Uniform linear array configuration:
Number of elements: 48
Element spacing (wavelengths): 0.75
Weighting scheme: binomial
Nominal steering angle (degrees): -60
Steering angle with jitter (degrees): -60.913
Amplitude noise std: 0.05
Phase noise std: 0.05

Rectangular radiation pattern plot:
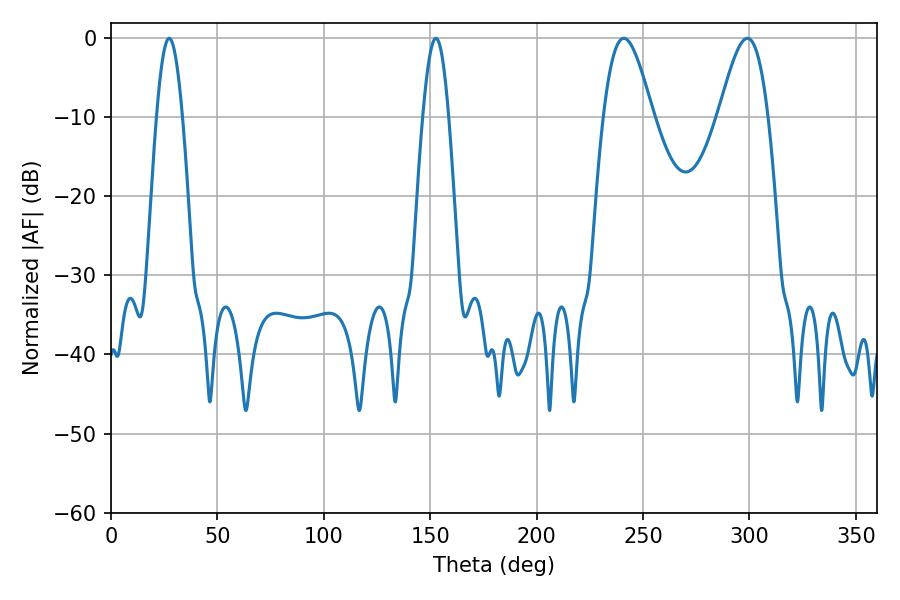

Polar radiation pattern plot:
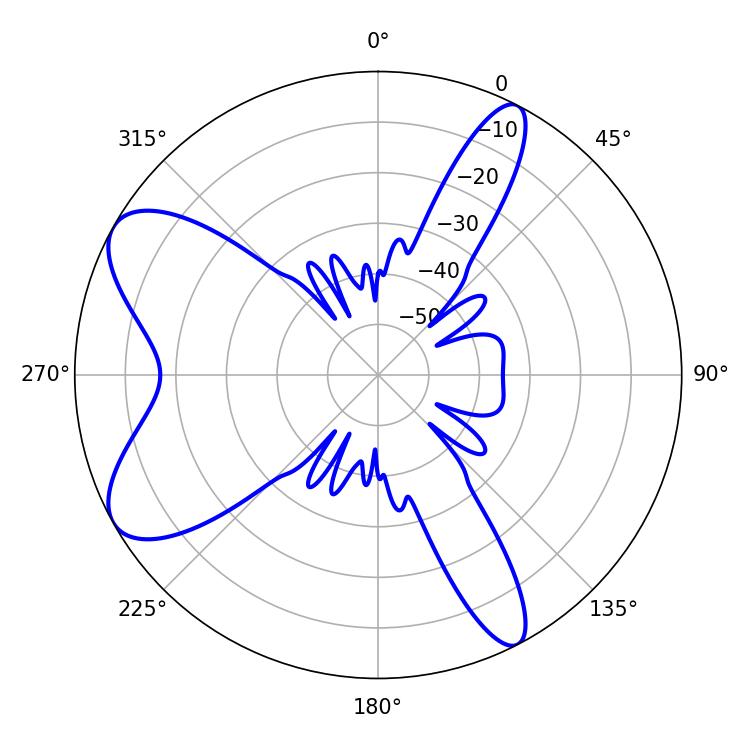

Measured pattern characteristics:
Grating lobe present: TRUE
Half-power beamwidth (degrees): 6.48
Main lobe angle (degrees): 27.36